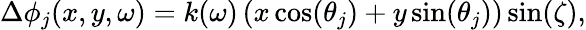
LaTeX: \Delta\phi_{j}(x,y,\omega)=k(\omega)\left(x\cos(\theta_{j})+y\sin(\theta_{j})\right)\sin(\zeta),